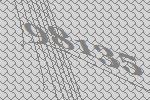
98135